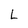
Character: L